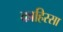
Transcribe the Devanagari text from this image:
काहिस्सा